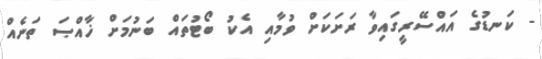
- ކަނޑުގެ އައްސޭރީގައިވާ ރަށަކަށް ވުމާއި އެކު ބޯޓުތައް ބަނުމަށް ޚާއްޞަ ތަނެއް